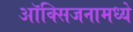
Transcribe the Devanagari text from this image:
ऑक्सिजनामध्ये